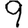
Digit: 9